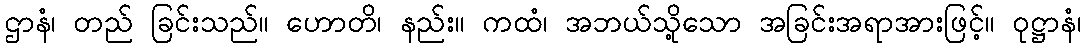
ဌာနံ၊ တည် ခြင်းသည်။ ဟောတိ၊ နည်း။ ကထံ၊ အဘယ်သို့သော အခြင်းအရာအားဖြင့်။ ဝုဋ္ဌာနံ၊